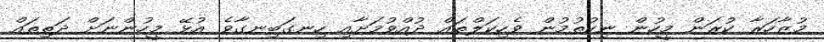
މުޒާހަރާ ކުރަން މީހުން ނިކުތުމުން ވެހިކަލްތައް ދުއްވުމަށާއި ހިނގަބިނގާވެ އުޅޭ މީހުންނަށް ދަތިތައް